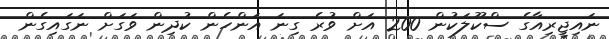
ނައިޖީރިއާގެ ސްކޫލަކުން 200 އަށް ވުރެ ގިނަ އަންހެން ކުދިން ވަގަށް ނަގައިގެން